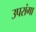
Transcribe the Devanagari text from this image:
उपरांगा